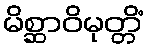
မိစ္ဆာဝိမုတ္တိံ